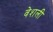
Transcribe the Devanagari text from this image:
वेशली